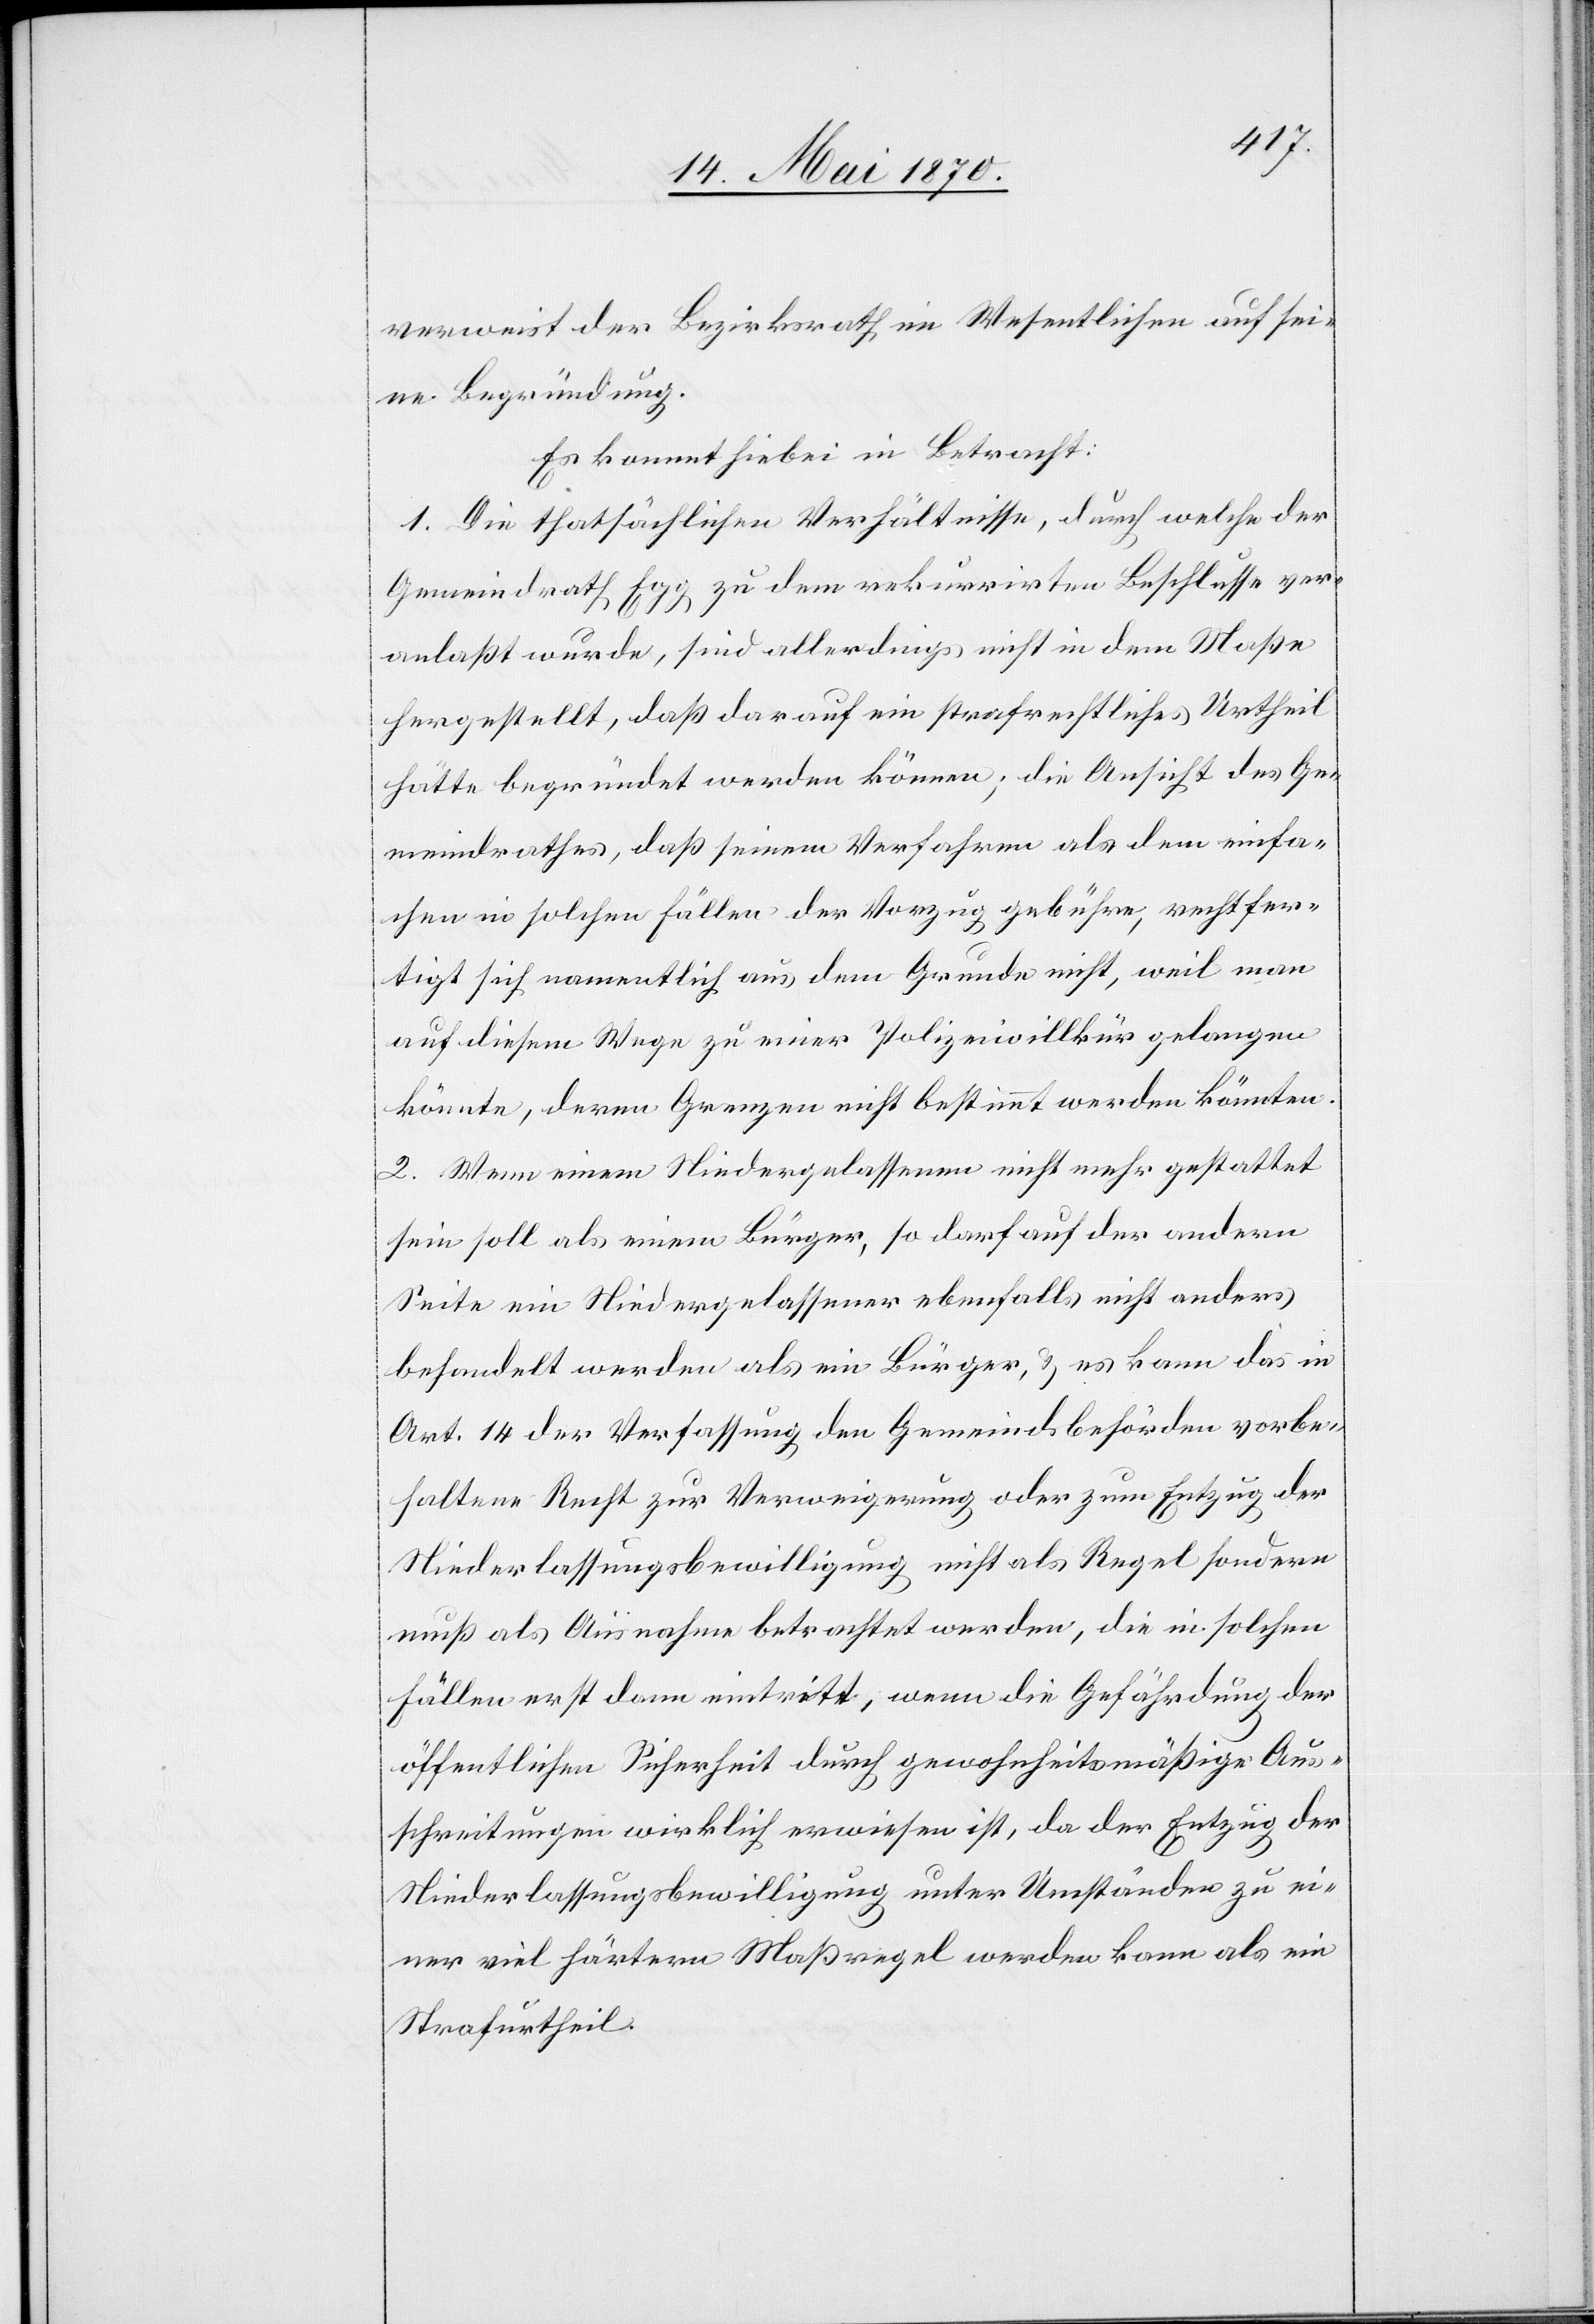
verweist der Bezirksrath im Wesentlichen auf sei¬
ne Begründung.
1. Die thatsächlichen Verhältnisse, durch welche der
Gemeindrath Egg zu dem rekurrirten Beschlusse ver¬
anlaßt wurde, sind allerdings nicht in dem Maße
hergestellt, daß darauf ein strafrechtliches Urtheil
hätte begründet werden können; die Ansicht des Ge¬
meindrathes, daß seinem Verfahren als dem einfa¬
chen in solchen Fällen der Vorzug gebühre, rechtfer¬
tigt sich namentlich aus dem Grunde nicht, weil man
auf diesem Wege zu einer Polizeiwillkür gelangen
könnte, deren Grenzen nicht bestimmt werden könnten.
2. Wenn einem Niedergelassenen nicht mehr gestattet
sein soll als einem Bürger, so darf auf der andern
Seite ein Niedergelassener ebenfalls nicht anders
behandelt werden als ein Bürger, & es kann das in
Art. 14 der Verfassung den Gemeindsbehörden vorbe¬
haltene Recht zur Verweigerung oder zum Entzug der
Niederlassungsbewilligung nicht als Regel sondern
muß als Ausnahme betrachtet werden, die in solchen
Fällen erst dann eintritt, wenn die Gefährdung der
öffentlichen Sicherheit durch gewohnheitsmäßige Aus¬
schreitungen wirklich erwiesen ist, da der Entzug der
Neiderlassungsbewilligung unter Umständen zu ei¬
ner viel härtern Maßregel werden kann als ein
Strafurtheil.